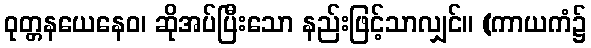
ဝုတ္တနယေနေဝ၊ ဆိုအပ်ပြီးသော နည်းဖြင့်သာလျှင်။ (ကာယကံ၌